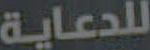
للدعاية